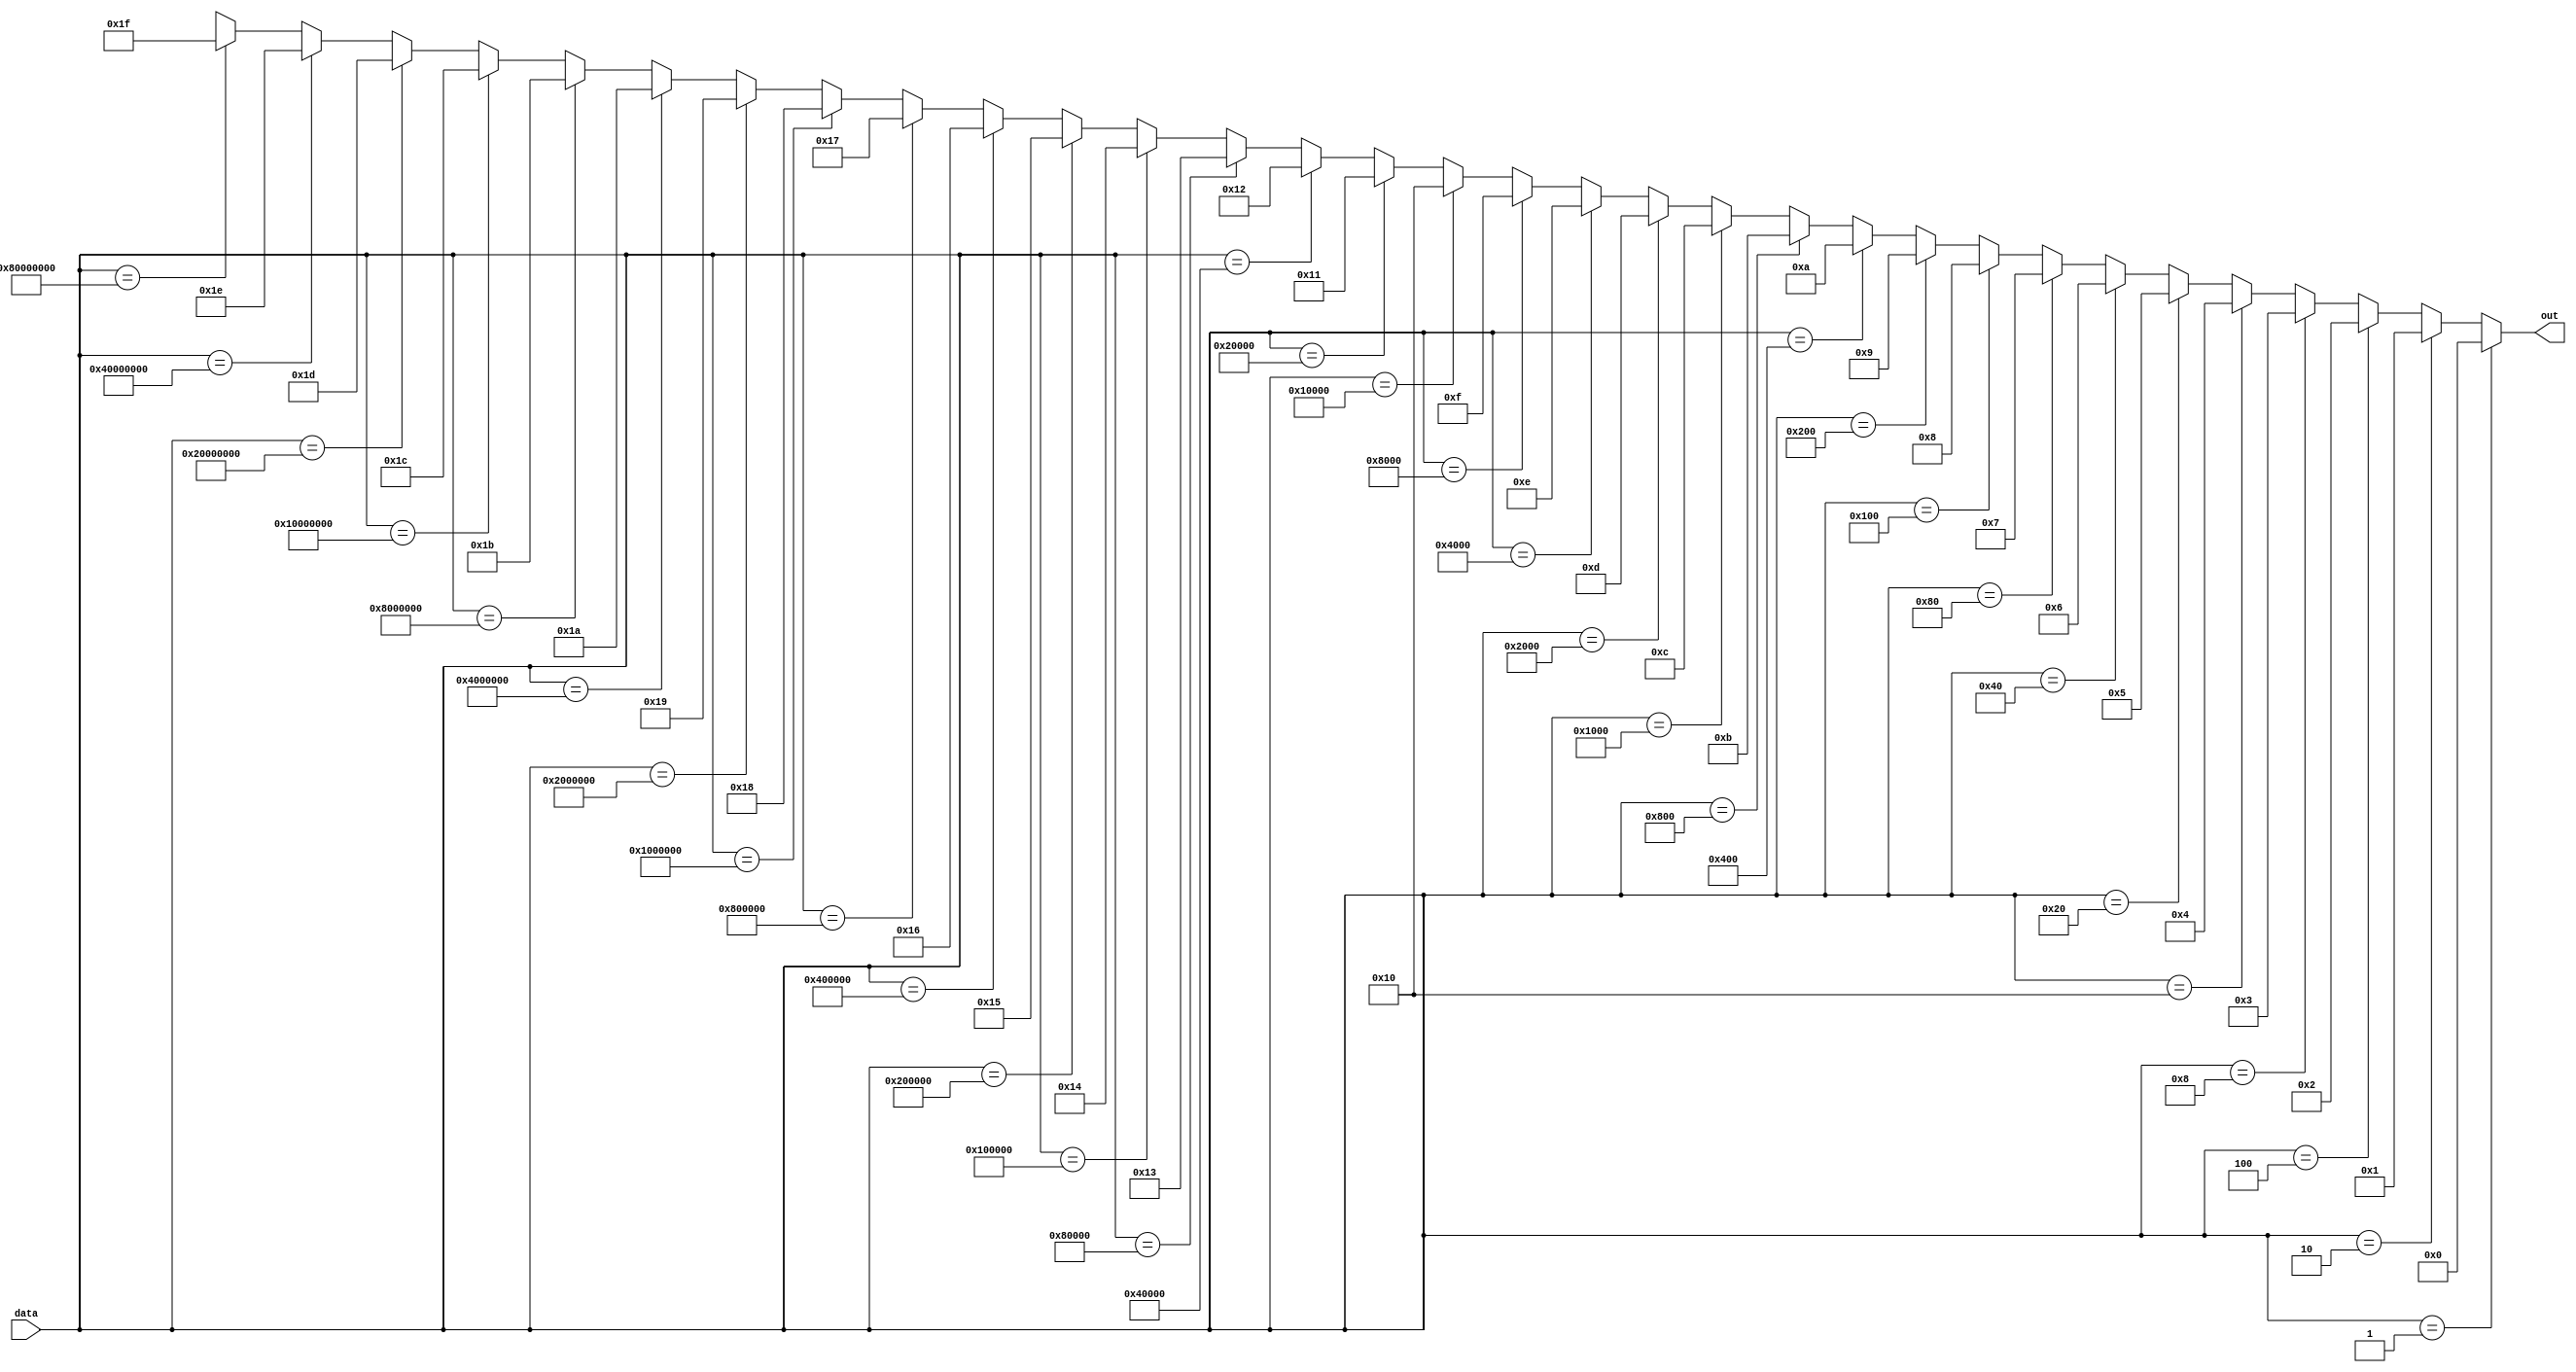
module ThirtyTwoToFiveEncoder(output reg [4:0] out, input [31:0] data);
	always @(*)
	begin
		if(data == 32'b00000000000000000000000000000001) out = 0; else
		if(data == 32'b00000000000000000000000000000010) out = 1; else
		if(data == 32'b00000000000000000000000000000100) out = 2; else
		if(data == 32'b00000000000000000000000000001000) out = 3; else
		if(data == 32'b00000000000000000000000000010000) out = 4; else
		if(data == 32'b00000000000000000000000000100000) out = 5; else
		if(data == 32'b00000000000000000000000001000000) out = 6; else
		if(data == 32'b00000000000000000000000010000000) out = 7; else
		if(data == 32'b00000000000000000000000100000000) out = 8; else
		if(data == 32'b00000000000000000000001000000000) out = 9; else
		if(data == 32'b00000000000000000000010000000000) out = 10; else
		if(data == 32'b00000000000000000000100000000000) out = 11; else
		if(data == 32'b00000000000000000001000000000000) out = 12; else
		if(data == 32'b00000000000000000010000000000000) out = 13; else
		if(data == 32'b00000000000000000100000000000000) out = 14; else
		if(data == 32'b00000000000000001000000000000000) out = 15; else
		if(data == 32'b00000000000000010000000000000000) out = 16; else
		if(data == 32'b00000000000000100000000000000000) out = 17; else
		if(data == 32'b00000000000001000000000000000000) out = 18; else
		if(data == 32'b00000000000010000000000000000000) out = 19; else
		if(data == 32'b00000000000100000000000000000000) out = 20; else
		if(data == 32'b00000000001000000000000000000000) out = 21; else
		if(data == 32'b00000000010000000000000000000000) out = 22; else
		if(data == 32'b00000000100000000000000000000000) out = 23; else
		if(data == 32'b00000001000000000000000000000000) out = 24; else
		if(data == 32'b00000010000000000000000000000000) out = 25; else
		if(data == 32'b00000100000000000000000000000000) out = 26; else
		if(data == 32'b00001000000000000000000000000000) out = 27; else
		if(data == 32'b00010000000000000000000000000000) out = 28; else
		if(data == 32'b00100000000000000000000000000000) out = 29; else
		if(data == 32'b01000000000000000000000000000000) out = 30; else
		if(data == 32'b10000000000000000000000000000000) out = 31; else out = 5'bx;
	end
		
endmodule